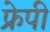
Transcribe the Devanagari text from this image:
फ्रेपी